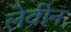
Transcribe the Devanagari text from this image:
लेवीन